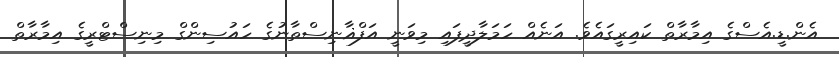
އެން.ޑީ.އެސްގެ އިމާރާތް ކައިރީގައެވެ. އަނެއް ހަމަލާދީފައި މިވަނީ އަފްޣާނިސްތާނުގެ ހައުސިންގް މިނިސްޓްރީގެ އިމާރާތް